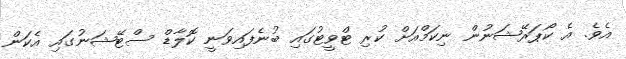
އެވެ. އެ ކޯޕަރޭޝަނުން ނިކަމްއަށް ކުރި ޓްވީޓުގައި ބުނެފައިވަނީ ކޮލާޑް ސްޓޭޝަނުގައި އެކަން